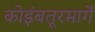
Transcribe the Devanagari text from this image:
कोइंबतूरमार्गे